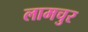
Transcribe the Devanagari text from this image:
लामचुर